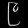
Digit: ၉